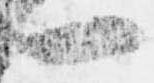
一